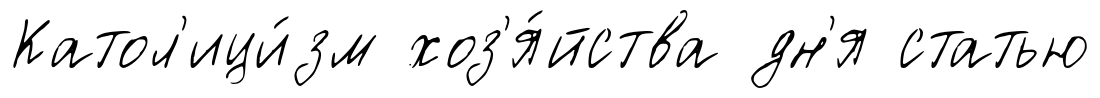
Катол'ици́зм хоз'я́йства дн'я статью